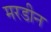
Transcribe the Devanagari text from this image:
मरडीन